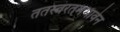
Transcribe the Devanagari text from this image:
ततस्वरतमभावेन